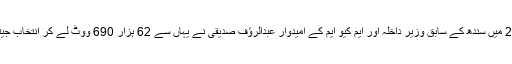
2002 میں سندھ کے سابق وزیرِ داخلہ اور ایم کیو ایم کے امیدوار عبدالرؤف صدیقی نے یہاں سے 62 ہزار 690 ووٹ لے کر انتخاب جیتا تھا۔